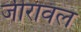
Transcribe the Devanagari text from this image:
जीरावल